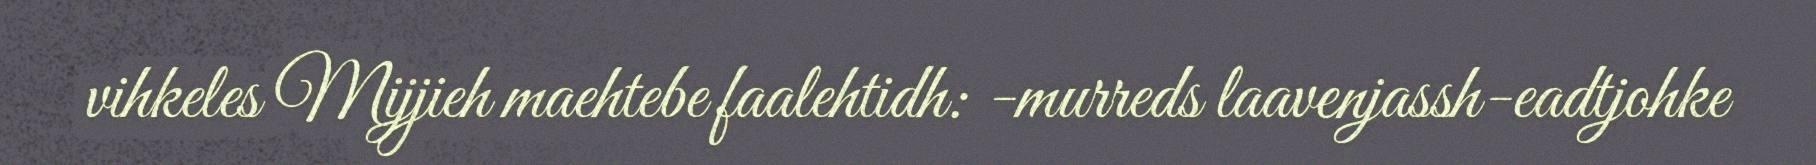
vihkeles Mijjieh maehtebe faalehtidh: -murreds laavenjassh-eadtjohke